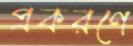
প্রকরণে